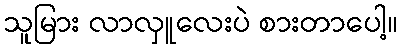
သူမြား လာလှူလေးပဲ စားတာပေါ့။